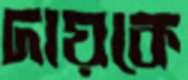
দায়কে